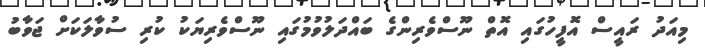
މިއަދު ރައީސް އޮފީހުގައި އޮތް ނޫސްވެރިންގެ ބައްދަލުވުމުގައި ނޫސްވެރިޔަކު ކުރި ސުވާލަކަށް ޖަވާބު